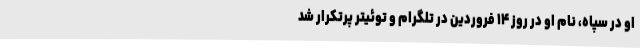
او در سپاه، نام او در روز ۱۴ فروردین در تلگرام و توئیتر پرتکرار شد